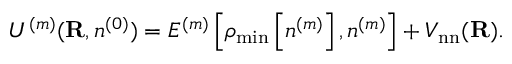
\begin{array} { l } { { \cal U } ^ { ( m ) } ( { \bf R } , n ^ { ( 0 ) } ) = { \cal E } ^ { ( m ) } \left[ \rho _ { \mathrm { m i n } } \left[ n ^ { ( m ) } \right] , n ^ { ( m ) } \right] + V _ { \mathrm { n n } } ( { \bf R } ) . } \end{array}